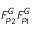
F _ { \rho _ { 2 } } ^ { G } F _ { \rho _ { 1 } } ^ { G }